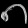
Digit: ၈